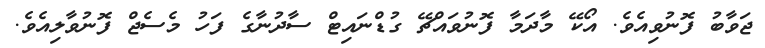
ޖަވާބު ފޮނުވިއެވެ. އޯކޭ މާދަމާ ފޮނުވައްޗޭ ގުޑްނައިޓް ސާދުނާގެ ފަހު މެސެޖް ފޮނުވާލިއެވެ.